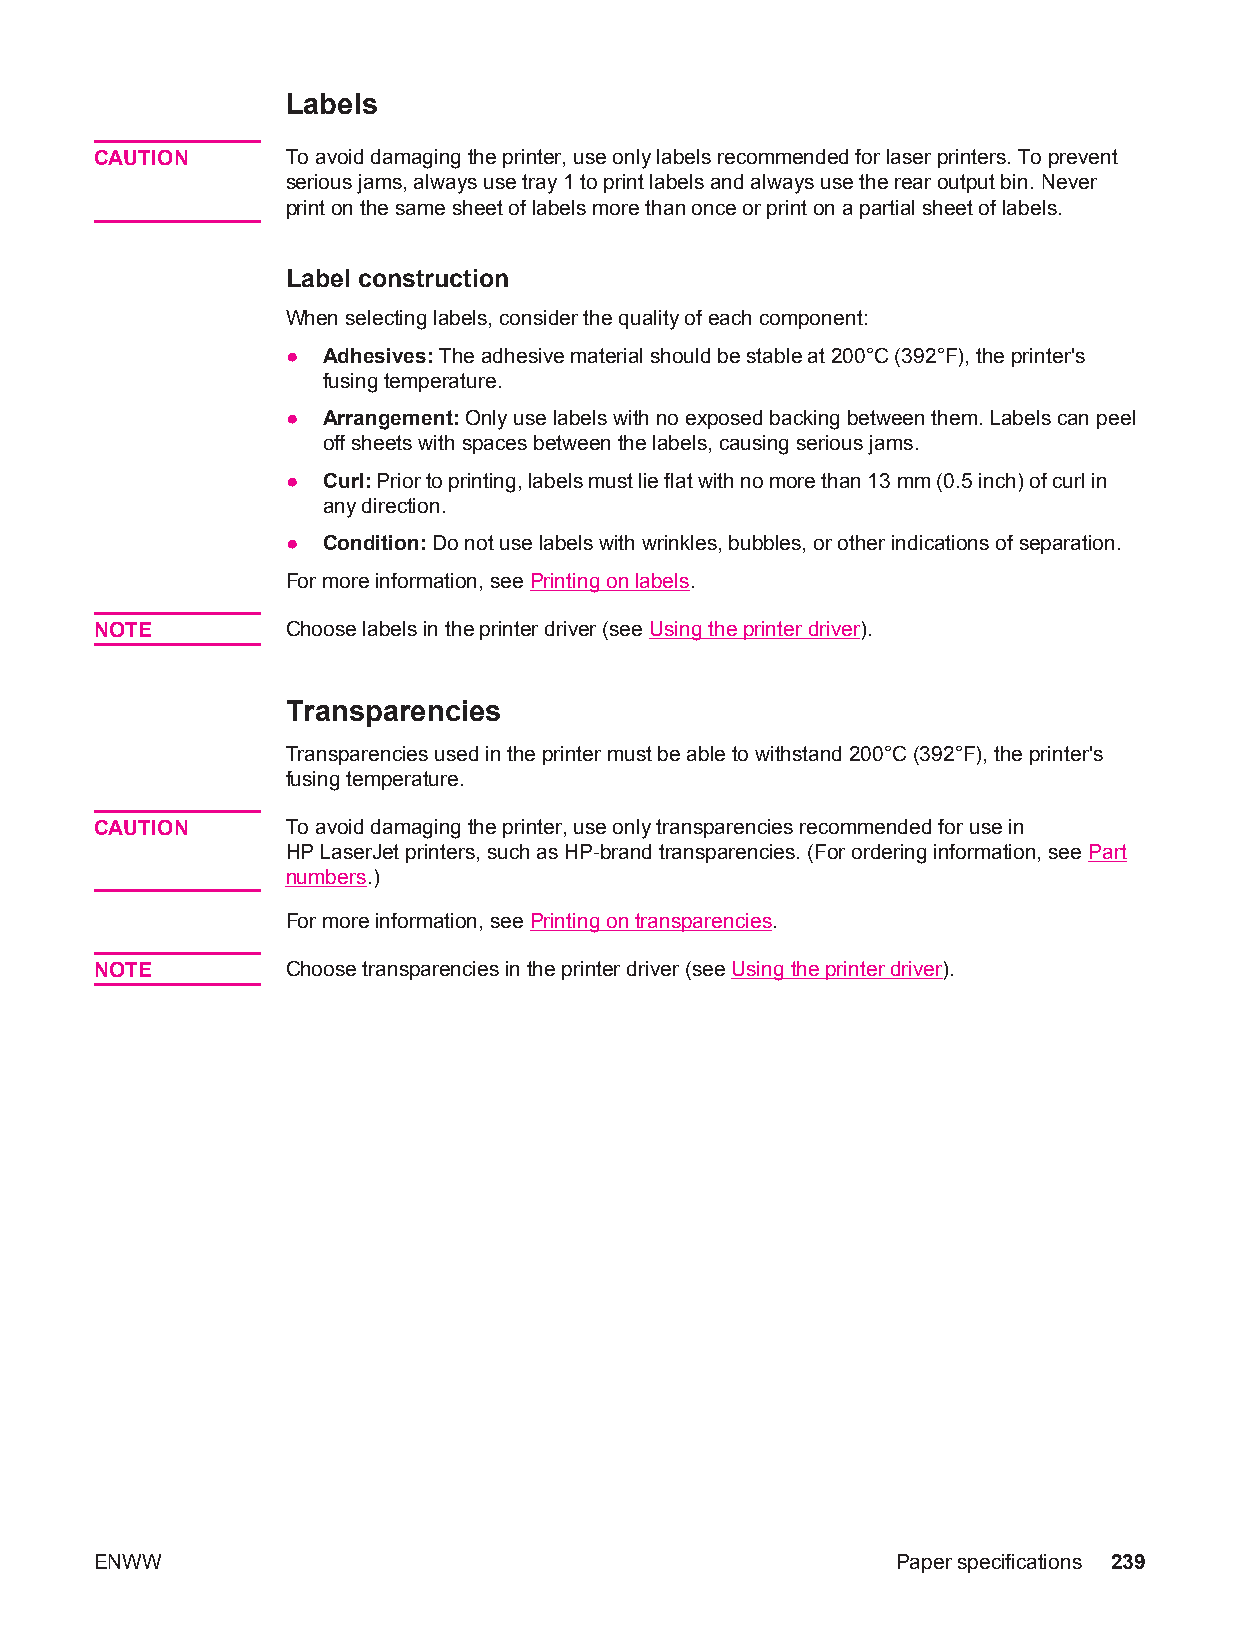
Labels
 CAUTION      To avoid damaging the printer, use only labels recommended for laser printers. To prevent
 serious jams, always use tray 1 to print labels and always use the rear output bin. Never
 print on the same sheet of labels more than once or print on a partial sheet of labels.
 Label construction
 When selecting labels, consider the quality of each component:
 ● Adhesives: The adhesive material should be stable at 200°C (392°F), the printer's
 fusing temperature.
 ● Arrangement: Only use labels with no exposed backing between them. Labels can peel
 off sheets with spaces between the labels, causing serious jams.
 ● Curl: Prior to printing, labels must lie flat with no more than 13 mm (0.5 inch) of curl in
 any direction.
 ● Condition: Do not use labels with wrinkles, bubbles, or other indications of separation.
 For more information, see Printing on labels.
 NOTE         Choose labels in the printer driver (see Using the printer driver).
 Transparencies
 Transparencies used in the printer must be able to withstand 200°C (392°F), the printer's
 fusing temperature.
 CAUTION      To avoid damaging the printer, use only transparencies recommended for use in
 HP LaserJet printers, such as HP-brand transparencies. (For ordering information, see Part
 numbers.)
 For more information, see Printing on transparencies.
 NOTE         Choose transparencies in the printer driver (see Using the printer driver).
 ENWW                                                 Paper specifications 239